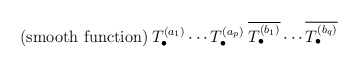
\begin{align*}{\mbox{(smooth function)}} \:T^{(a_1)}_\bullet \cdots T^{(a_p)}_\bullet \:\overline{T^{(b_1)}_\bullet} \cdots \overline{T^{(b_q)}_\bullet} \end{align*}